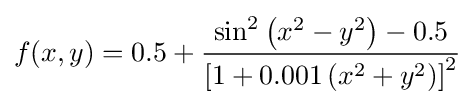
f(x,y)=0.5+{\frac {\sin ^{2}\left(x^{2}-y^{2}\right)-0.5}{\left[1+0.001\left(x^{2}+y^{2}\right)\right]^{2}}}